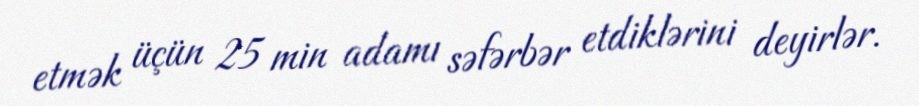
etmək üçün 25 min adamı səfərbər etdiklərini deyirlər.